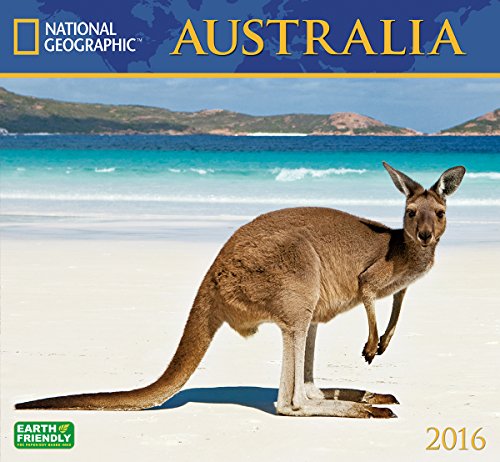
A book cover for National Geographic Australia 2016 Wall Calendar; National Geographic Society; Travel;